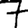
Digit: 7